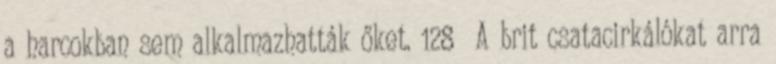
a harcokban sem alkalmazhatták őket. 128 A brit csatacirkálókat arra